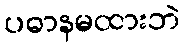
ပဓာနမထားဘဲ